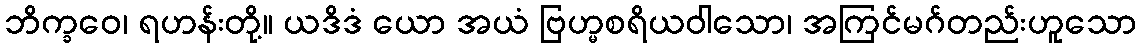
ဘိက္ခဝေ၊ ရဟန်းတို့။ ယဒိဒံ ယော အယံ ဗြဟ္မစရိယဝါသော၊ အကြင်မဂ်တည်းဟူသော